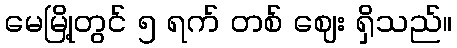
မေမြို့တွင် ၅ ရက် တစ် ဈေး ရှိသည်။